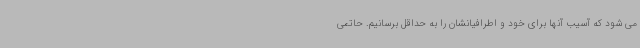
می شود که آسیب آنها برای خود و اطرافیانشان را به حداقل برسانیم. حاتمی